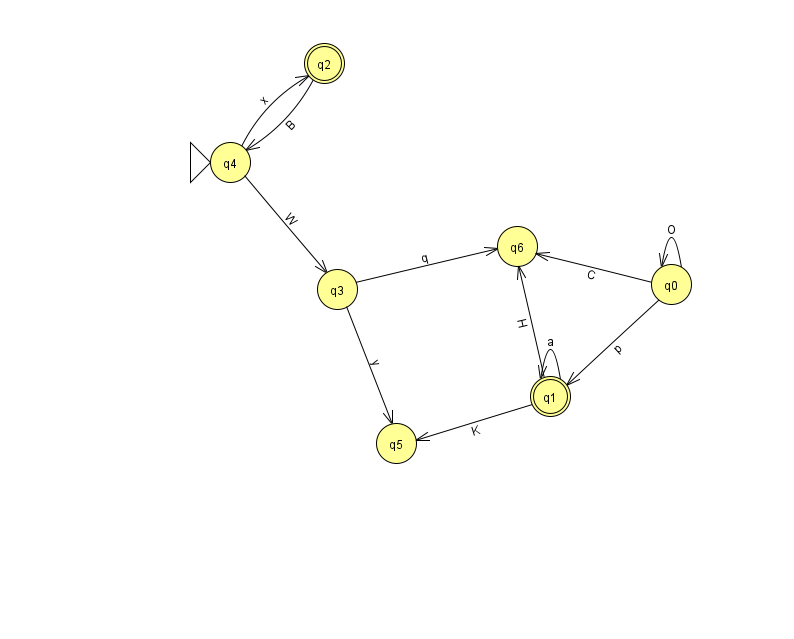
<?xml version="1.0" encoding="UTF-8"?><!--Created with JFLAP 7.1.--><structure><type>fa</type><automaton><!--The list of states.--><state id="0" name="q0"><x>671.0</x><y>271.0</y></state><state id="1" name="q1"><x>550.0</x><y>383.0</y><final/></state><state id="2" name="q2"><x>324.0</x><y>50.0</y><final/></state><state id="3" name="q3"><x>337.0</x><y>276.0</y></state><state id="4" name="q4"><x>230.0</x><y>149.0</y><initial/></state><state id="5" name="q5"><x>396.0</x><y>430.0</y></state><state id="6" name="q6"><x>517.0</x><y>233.0</y></state><!--The list of transitions.--><transition><from>0</from><to>6</to><read>C</read></transition><transition><from>1</from><to>1</to><read>a</read></transition><transition><from>4</from><to>2</to><read>x</read></transition><transition><from>0</from><to>1</to><read>p</read></transition><transition><from>1</from><to>5</to><read>K</read></transition><transition><from>4</from><to>3</to><read>W</read></transition><transition><from>2</from><to>4</to><read>B</read></transition><transition><from>3</from><to>5</to><read>y</read></transition><transition><from>0</from><to>0</to><read>O</read></transition><transition><from>1</from><to>6</to><read>H</read></transition><transition><from>3</from><to>6</to><read>q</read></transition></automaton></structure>